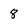
Character: 8